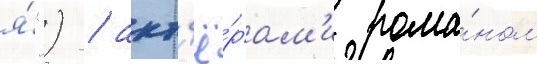
я́") / акт'ё́рам'и рома́ном